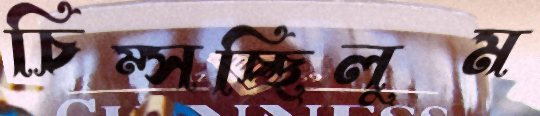
চিম্‌সচ্ছিলুম